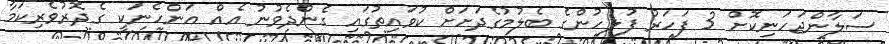
ސަލާންޖަހަނިކޮށް 3 ފަހަރު ފުލުހުންގެ ބެލުމުގެދަށަށް ކުވައިތުގައި ގެންދެވުނު އެއް އަންހެނަކީ ގެދޮރުވެރިކަމާ